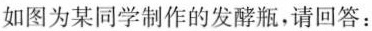
如图为某同学制作的发酵瓶，请回答：